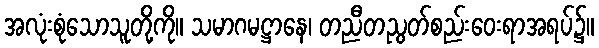
အလုံးစုံသောသူတို့ကို။ သမာဂမဋ္ဌာနေ၊ တညီတညွတ်စည်းဝေးရာအရပ်၌။